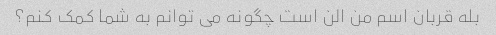
بله قربان اسم من الن است چگونه می توانم به شما کمک کنم؟